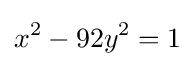
x^{2}-92y^{2}=1